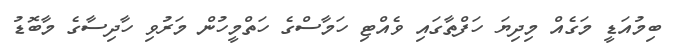
ބިމުއަޑީ މަގެއް މިދިޔަ ހަފްތާގައި ވެއްޓި ހަމާސްގެ ހަތްމީހުން މަރުވި ހާދިސާގެ މާބޮޑު